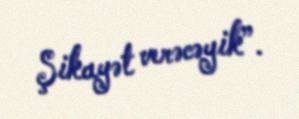
Şikayət verəcəyik”.